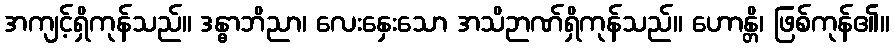
အကျင့်ရှိကုန်သည်။ ဒန္ဓာဘိညာ၊ လေးနှေးသော အသိဉာဏ်ရှိကုန်သည်။ ဟောန္တိ၊ ဖြစ်ကုန်၏။